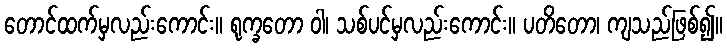
တောင်ထက်မှလည်းကောင်း။ ရုက္ခတော ဝါ၊ သစ်ပင်မှလည်းကောင်း။ ပတိတော၊ ကျသည်ဖြစ်၍။